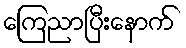
ကြေညာပြီးနောက်